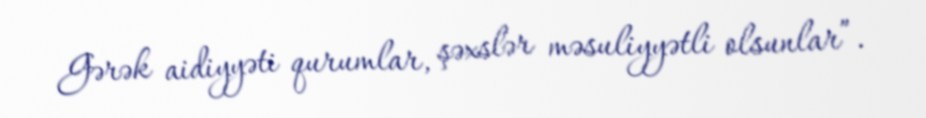
Gərək aidiyyəti qurumlar, şəxslər məsuliyyətli olsunlar”.